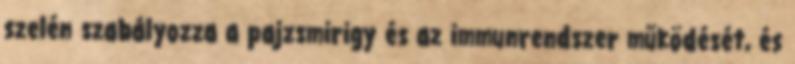
szelén szabályozza a pajzsmirigy és az immunrendszer működését, és